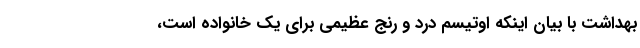
بهداشت با بیان اینکه اوتیسم درد و رنج عظیمی برای یک خانواده است،‌